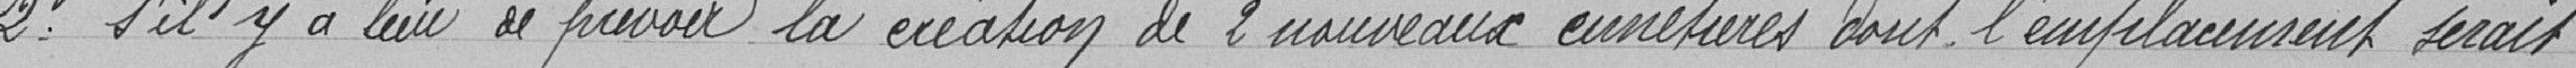
2° s'il y a lieu de prévoir la création de 2 nouveaux cimetières dont l'emplacement serait